Report on the metropolitan horse fairs and district horse shows of 1892-93 - 1892-1893
Year: 1892
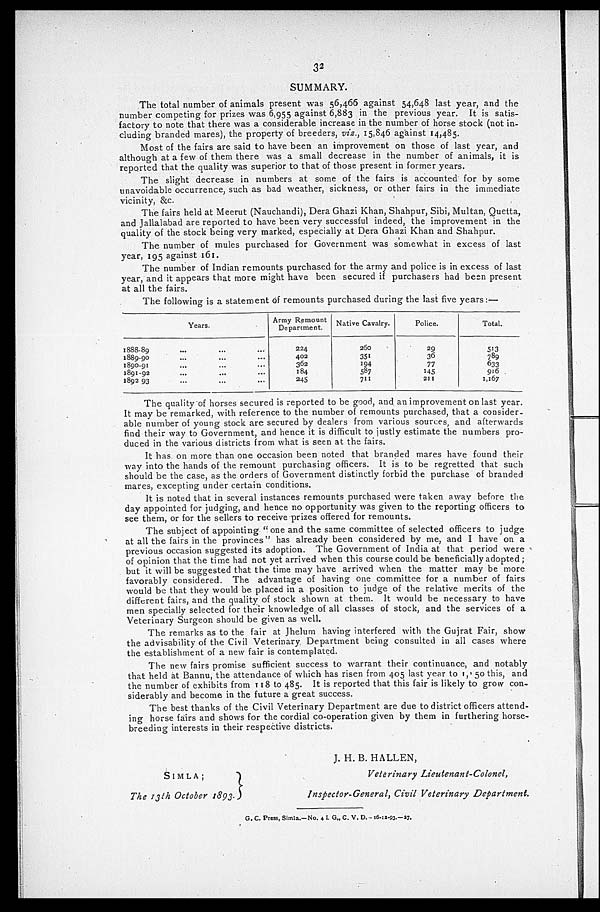
32
SUMMARY.
The total number of animals present was 56,466 against 54,648 last year, and the
number competing for prizes was 6,955 against 6,883 in the previous year. It is satis-
factory to note that there was a considerable increase in the number of horse stock (not in-
cluding branded mares), the property of breeders, viz., 15,846 against 14,485.
Most of the fairs are said to have been an improvement on those of last year, and
although at a few of them there was a small decrease in the number of animals, it is
reported that the quality was superior to that of those present in former years.
The slight decrease in numbers at some of the fairs is accounted for by some
unavoidable occurrence, such as bad weather, sickness, or other fairs in the immediate
vicinity, &c.
The fairs held at Meerut (Nauchandi), Dera Ghazi Khan, Shahpur, Sibi, Multan, Quetta,
and Jallalabad are reported to have been very successful indeed, the improvement in the
quality of the stock being very marked, especially at Dera Ghazi Khan and Shahpur.
The number of mules purchased for Government was somewhat in excess of last
year, 195 against 161.
The number of Indian remounts purchased for the army and police is in excess of last
year, and it appears that more might have been secured if purchasers had been present
at all the fairs.
The following is a statement of remounts purchased during the last five years:—
Years.
1888-89
1889-90
1890-91
1891-92
1892 93
...
...
...
...
...
...
...
...
...
...
...
...
...
...
...
Army Remount
Department.
224
402
362
184
245
Native Cavalry.
260
351
194
587
711
Police.
29
36
77
145
211
Total.
513
789
633
916
1,167
The quality of horses secured is reported to be good, and an improvement on last year.
It may be remarked, with reference to the number of remounts purchased, that a consider-
able number of young stock are secured by dealers from various sources, and afterwards
find their way to Government, and hence it is difficult to justly estimate the numbers pro-
duced in the various districts from what is seen at the fairs.
It has on more than one occasion been noted that branded mares have found their
way into the hands of the remount purchasing officers. It is to be regretted that such
should be the case, as the orders of Government distinctly forbid the purchase of branded
mares, excepting under certain conditions.
It is noted that in several instances remounts purchased were taken away before the
day appointed for judging, and hence no opportunity was given to the reporting officers to
see them, or for the sellers to receive prizes offered for remounts.
The subject of appointing "one and the same committee of selected officers to judge
at all the fairs in the provinces" has already been considered by me, and I have on a
previous occasion suggested its adoption. The Government of India at that period were
of opinion that the time had not yet arrived when this course could be beneficially adopted;
but it will be suggested that the time may have arrived when the matter may be more
favorably considered. The advantage of having one committee for a number of fairs
would be that they would be placed in a position to judge of the relative merits of the
different fairs, and the quality of stock shown at them. It would be necessary to have
men specially selected for their knowledge of all classes of stock, and the services of a
Veterinary Surgeon should be given as well.
The remarks as to the fair at Jhelum having interfered with the Gujrat Fair, show
the advisability of the Civil Veterinary Department being consulted in all cases where
the establishment of a new fair is contemplated.
The new fairs promise sufficient success to warrant their continuance, and notably
that held at Bannu, the attendance of which has risen from 405 last year to ',' 50 this, and
the number of exhibits from 118 to 485. It is reported that this fair is likely to grow con-
siderably and become in the future a great success.
The best thanks of the Civil Veterinary Department are due to district officers attend-
ing horse fairs and shows for the cordial co-operation given by them in furthering horse-
breeding interests in their respective districts.
SIMLA;
The 13th October 1893..
J. H. B. HALLEN,
Veterinary Lieutenant-Colonel,
Inspector-General, Civil Veterinary
Department.
G. C. Press, Simla.—No. 4 I. G., C. V. D.- 16-12-93.—27.